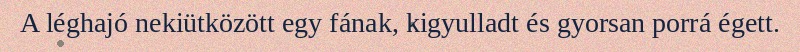
A léghajó nekiütközött egy fának, kigyulladt és gyorsan porrá égett.